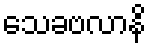
သေခဗလာနိ